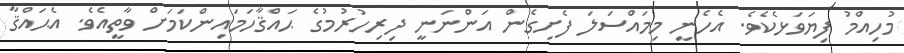
މުހިއްމު ފިޔަވަޅެކެވެ. އެހެނީ މިމައްސަލަ ފެށިގެން އަންނަނީ ދިރިހުރުމުގެ ޙައްޤާހަމައިންކަމަށް ވާތީއެވެ. އެޙައްޤާ